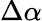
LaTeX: \Delta\alpha